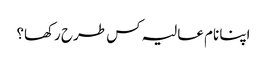
اپنا نام عالیہ کس طرح رکھا؟